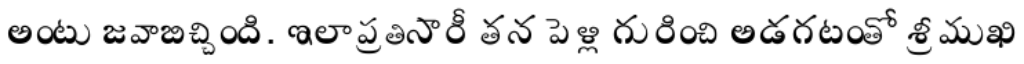
అంటు జవాబిచ్చింది. ఇలా ప్రతిసారీ తన పెళ్లి గురించి అడగటంతో శ్రీముఖి